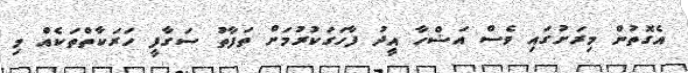
އެގޮތުން މިރަށުގައި ވެސް އަޟްހާ އީދު ފާހަގަކުރުމަށް ތަފާތު ސަގާފީ ހަރަކާތްތަކެއް މި